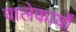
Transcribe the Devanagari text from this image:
वालेकार्यों